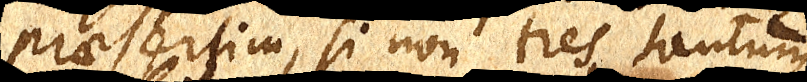
praesertim, si non tres tantum